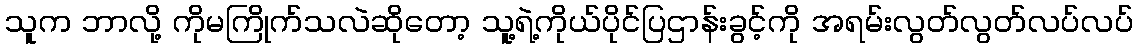
သူက ဘာလို့ ကိုမကြိုက်သလဲဆိုတော့ သူ့ရဲ့ကိုယ်ပိုင်ပြဌာန်းခွင့်ကို အရမ်းလွတ်လွတ်လပ်လပ်